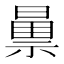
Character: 𫀝